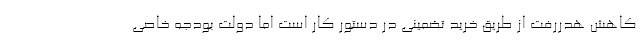
کاهش هدررفت از طریق خرید تضمینی در دستور کار است اما دولت بودجه خاصی